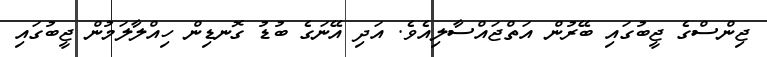
ޖިންސްގެ ޖީބުގައި ބޭރުން އަތްޖައްސާލިއެވެ. އަދި އޭނަގެ ބުޑު ގޮނޑިން ހިއްލާލަމުން ޖީބުގައި